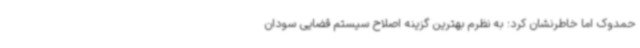
حمدوک اما خاطرنشان کرد: به نظرم بهترین گزینه اصلاح سیستم قضایی سودان